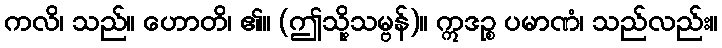
ကလိ၊ သည်။ ဟောတိ၊ ၏။ (ဤသို့သမ္ဗန်)။ ဣဒဉ္စ ပမာဏံ၊ သည်လည်း။